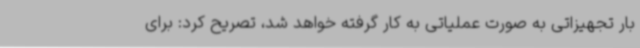
بار تجهیزاتی به صورت عملیاتی به کار گرفته خواهد شد، تصریح کرد: برای